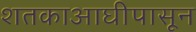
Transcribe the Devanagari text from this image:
शतकाआघीपासून